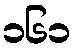
၁၆၁